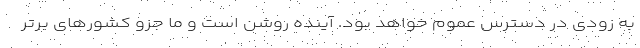
به زودی در دسترس عموم خواهد بود. آینده روشن است و ما جزو کشورهای برتر